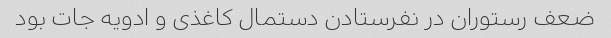
ضعف رستوران در نفرستادن دستمال کاغذی و ادویه جات بود